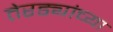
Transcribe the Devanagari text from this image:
तेरड्यांच्या